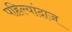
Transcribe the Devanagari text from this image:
पहिल्यांदाज